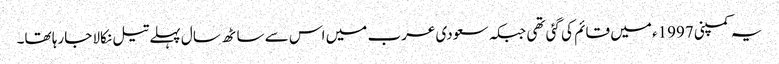
یہ کمپنی 1997ء میں قائم کی گئی تھی جبکہ سعودی عرب میں اس سے ساٹھ سال پہلے تیل نکالا جارہا تھا۔